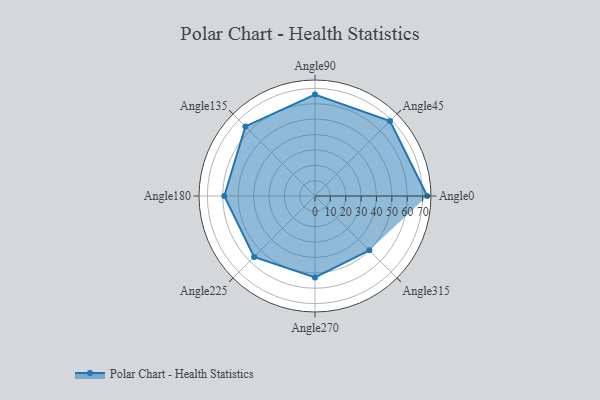
{"axis": {"x": "Angle", "y": "Radius"}, "legend": [""], "data": [{"x": "Angle0", "y": 73.0, "type": ""}, {"x": "Angle45", "y": 69.0, "type": ""}, {"x": "Angle90", "y": 66.0, "type": ""}, {"x": "Angle135", "y": 64.0, "type": ""}, {"x": "Angle180", "y": 59.0, "type": ""}, {"x": "Angle225", "y": 56.0, "type": ""}, {"x": "Angle270", "y": 53.0, "type": ""}, {"x": "Angle315", "y": 50, "type": ""}]}